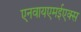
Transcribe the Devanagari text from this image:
एनवायएमईएक्स